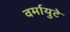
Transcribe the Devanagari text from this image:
वर्मायुटे